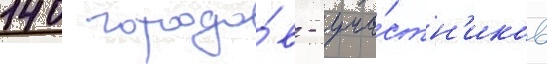
140 городо́в - уча́стн'иков